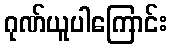
ဂုဏ်ယူပါကြောင်း